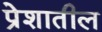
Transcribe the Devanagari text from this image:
प्रेशातील